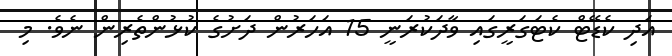
އަދި ކެޑޭޓް ކެޓަގަރީގައި ވާދަކުރަނީ 15 އަހަރުން ދަށުގެ ކުޅުންތެރިން ނެވެ. މި